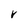
Character: V